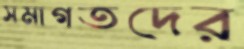
সমাগতদের